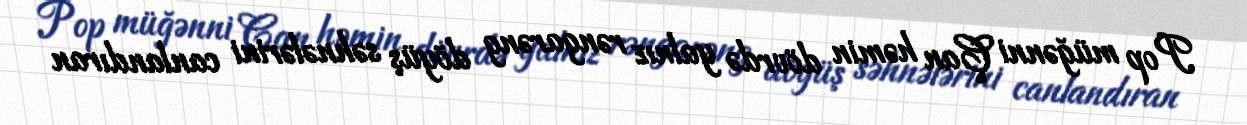
Pop müğənni Çan həmin dövrdə yalnız rəngarəng döyüş səhnələrini canlandıran